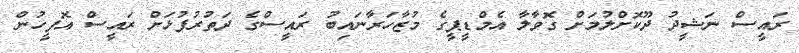
ރައީސް ނަޝީދު ދޫކޮށްލުމަށް ގޮވާލާ އެމްޑީޕީގެ މުޒާހަރާނައިބު ރައީސްގެ ދަތުރުފުޅަށް ރައީސް އޮފީހުން